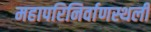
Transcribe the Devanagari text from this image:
महापरिनिर्वाणस्थली